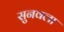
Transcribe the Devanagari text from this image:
सुनवला